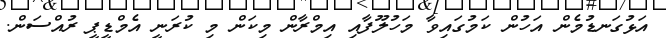
އަޅުގަނޑުމެން އަހުން ކަމުގައިވާ މަހުލޫފާއި އިމްރާން މިކަން މި ކުރަނީ އެމްޑީޕީ ރުއްސަން.